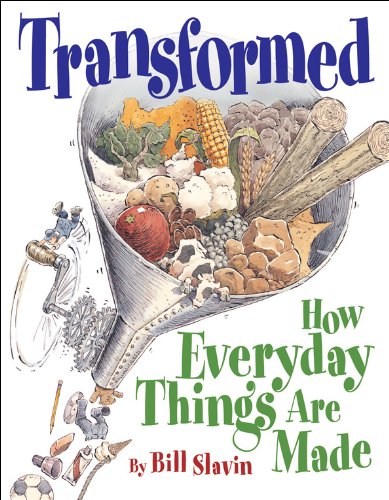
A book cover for Transformed: How Everyday Things Are Made; Bill Slavin; Children's Books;